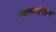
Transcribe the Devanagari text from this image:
स्वरव्यंजन